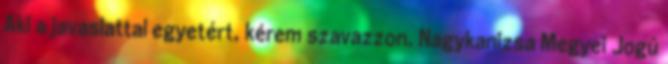
Aki a javaslattal egyetért, kérem szavazzon. Nagykanizsa Megyei Jogú